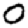
Digit: 0